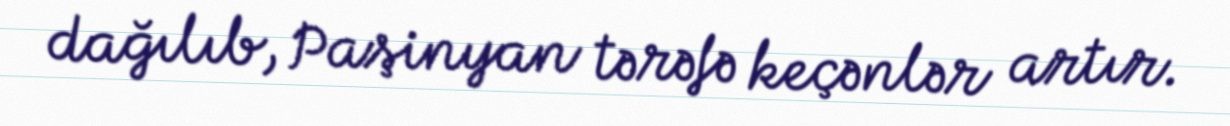
dağılıb, Paşinyan tərəfə keçənlər artır.